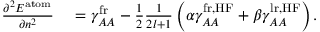
\begin{array} { r l } { \frac { \partial ^ { 2 } E ^ { \mathrm { a t o m } } } { \partial n ^ { 2 } } } & { { } = \gamma _ { A A } ^ { \mathrm { f r } } - \frac { 1 } { 2 } \frac { 1 } { 2 l + 1 } \left( \alpha \gamma _ { A A } ^ { \mathrm { f r , H F } } + \beta \gamma _ { A A } ^ { \mathrm { l r , H F } } \right) . } \end{array}